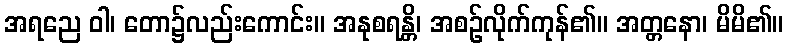
အရညေ ဝါ၊ တော၌လည်းကောင်း။ အနုစရန္တိ၊ အစဉ်လိုက်ကုန်၏။ အတ္တနော၊ မိမိ၏။